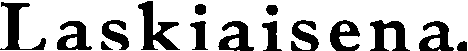
Laskiaisena.